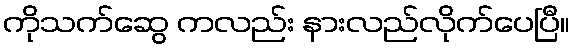
ကိုသက်ဆွေ ကလည်း နားလည်လိုက်ပေပြီ။